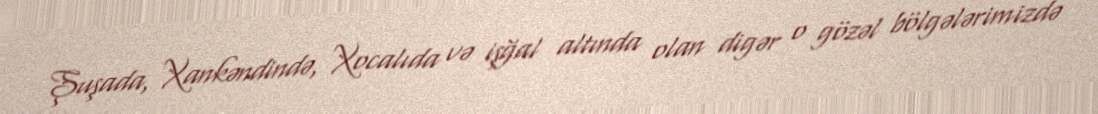
Şuşada, Xankəndində, Xocalıda və işğal altında olan digər o gözəl bölgələrimizdə